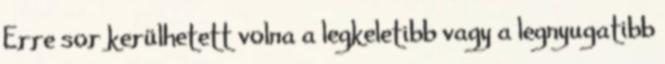
Erre sor kerülhetett volna a legkeletibb vagy a legnyugatibb